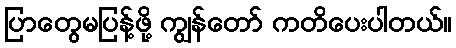
ပြာတွေမပြန့်ဖို့ ကျွန်တော် ကတိပေးပါတယ်။